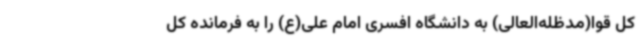
کل قوا(مدظله‌العالی) به دانشگاه افسری امام علی(ع) را به فرمانده کل